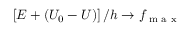
\left[ E + ( U _ { 0 } - U ) \right] / h \to f _ { \textrm { m a x } }